Treatise on elephants
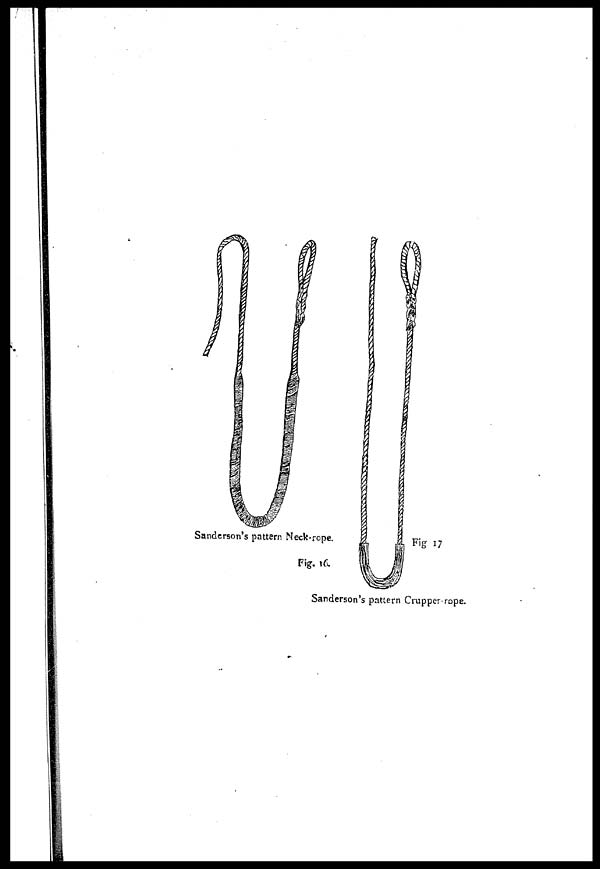
Sanderson's pattern Neck-rope.
Fig. 16.
Sanderson's pattern Crupper-rope.
Fig 17